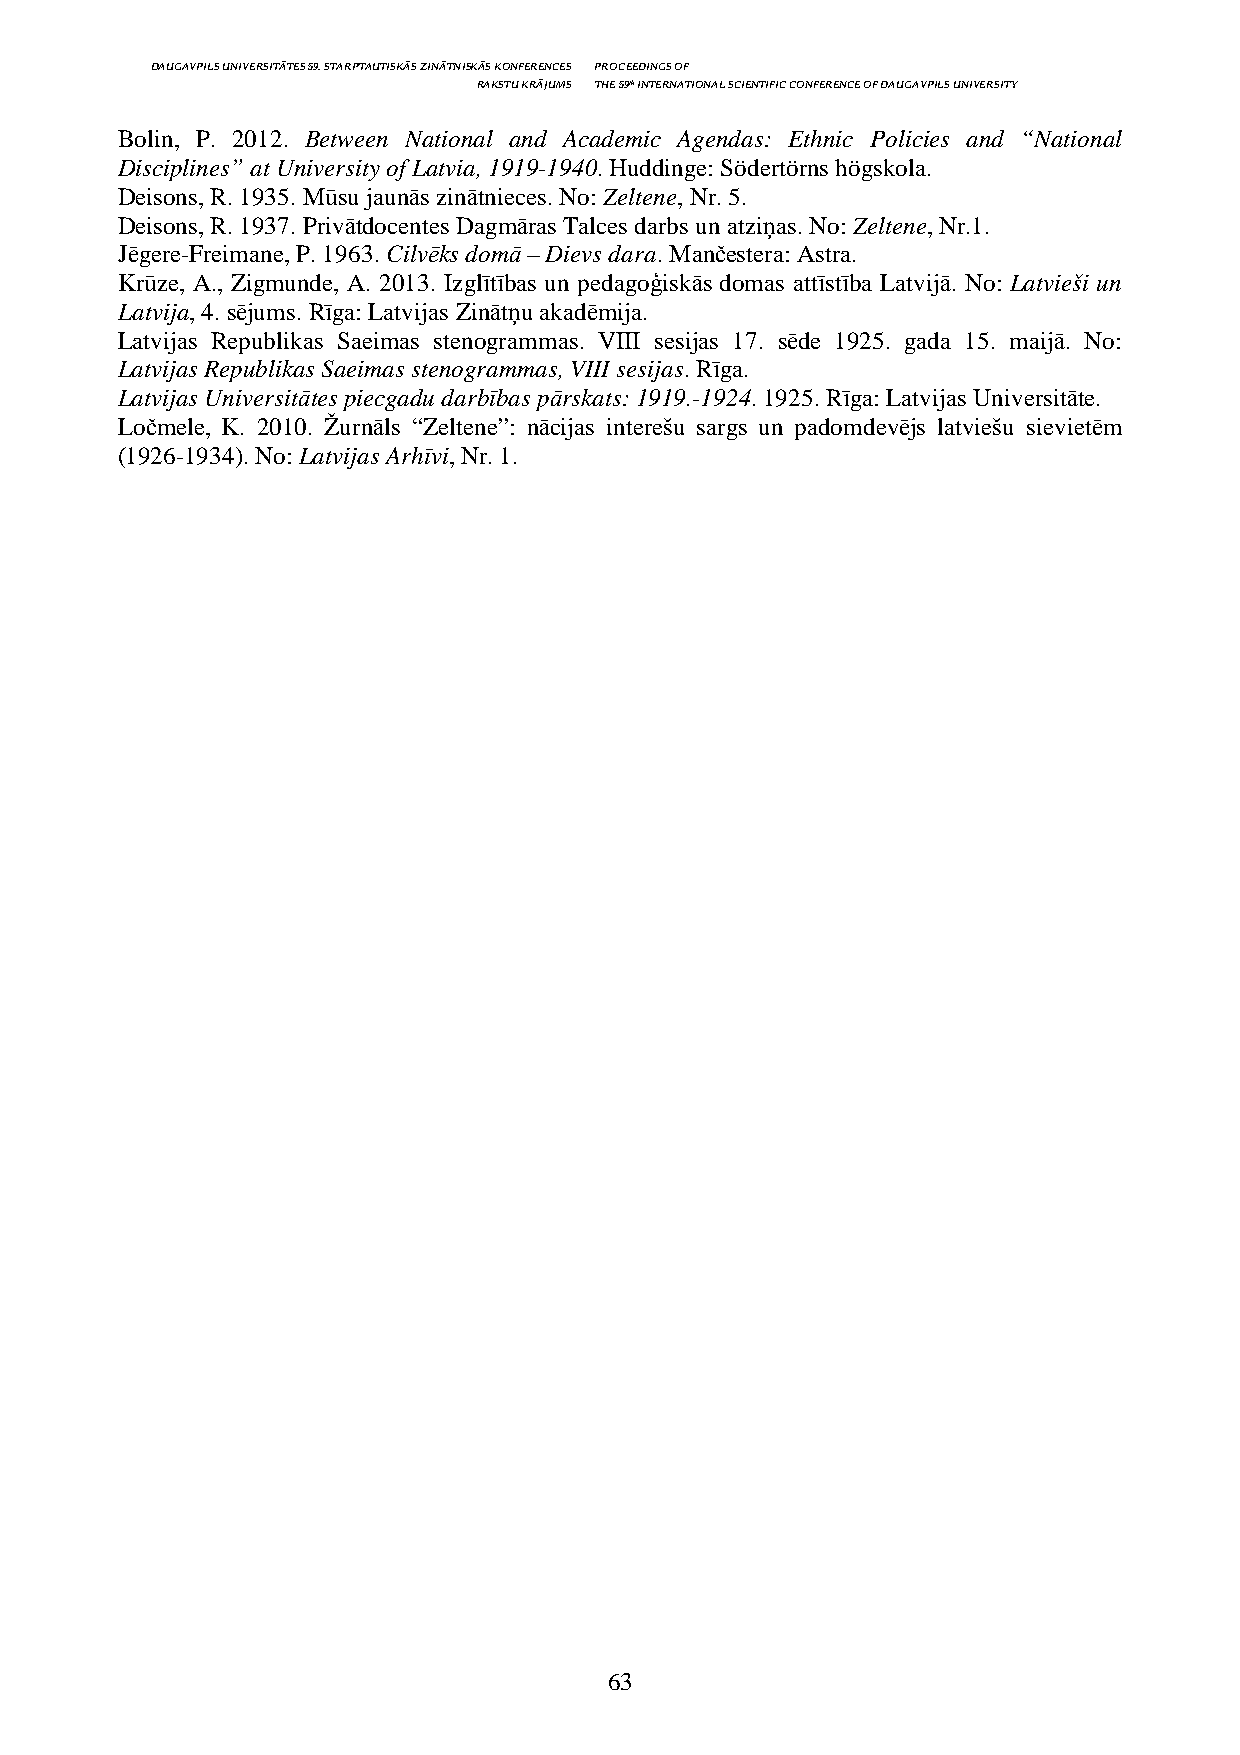
DAUGAVPILS UNIVERSITĀTES 59. STARPTAUTISKĀS ZINĀTNISKĀS KONFERENCES PROCEEDINGS OF
 RAKSTU KRĀJUMS THE 59th INTERNATIONAL SCIENTIFIC CONFERENCE OF DAUGAVPILS UNIVERSITY
 Bolin, P. 2012. Between National and Academic Agendas: Ethnic Policies and “National
 Disciplines” at University of Latvia, 1919-1940. Huddinge: Södertörns högskola.
 Deisons, R. 1935. Mūsu jaunās zinātnieces. No: Zeltene, Nr. 5.
 Deisons, R. 1937. Privātdocentes Dagmāras Talces darbs un atziņas. No: Zeltene, Nr.1.
 Jēgere-Freimane, P. 1963. Cilvēks domā – Dievs dara. Mančestera: Astra.
 Krūze, A., Zigmunde, A. 2013. Izglītības un pedagoģiskās domas attīstība Latvijā. No: Latvieši un
 Latvija, 4. sējums. Rīga: Latvijas Zinātņu akadēmija.
 Latvijas Republikas Saeimas stenogrammas. VIII sesijas 17. sēde 1925. gada 15. maijā. No:
 Latvijas Republikas Saeimas stenogrammas, VIII sesijas. Rīga.
 Latvijas Universitātes piecgadu darbības pārskats: 1919.-1924. 1925. Rīga: Latvijas Universitāte.
 Ločmele, K. 2010. Žurnāls “Zeltene”: nācijas interešu sargs un padomdevējs latviešu sievietēm
 (1926-1934). No: Latvijas Arhīvi, Nr. 1.
 63